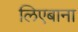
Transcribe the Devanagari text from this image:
लिएबाना